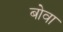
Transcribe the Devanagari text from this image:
बोवा